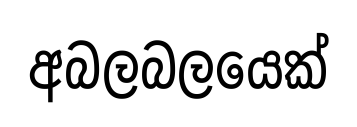
අබලබලයෙක්